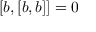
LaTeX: [ b , [ b , b ] ] = 0